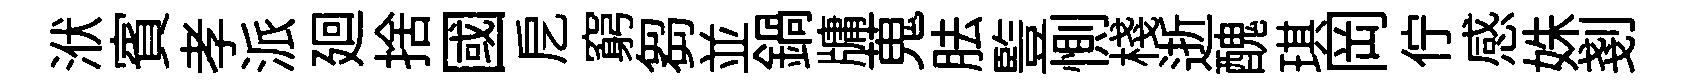
洑賓孝派廻捨國戹窮芻並鍋牗蒐胠䜿惻棧逝醜琪岡佇感姝剗